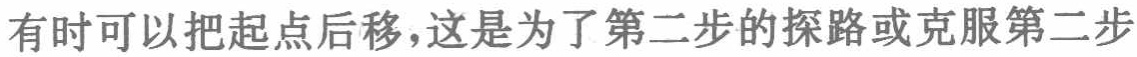
有时可以把起点后移，这是为了第二步的探路或克服第二步